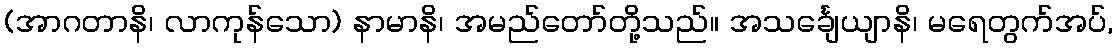
(အာဂတာနိ၊ လာကုန်သော) နာမာနိ၊ အမည်တော်တို့သည်။ အသင်္ချေယျာနိ၊ မရေတွက်အပ်,